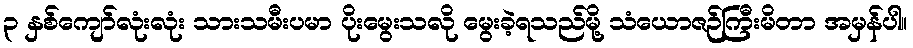
၃ နှစ်ကျော်လုံးလုံး သားသမီးပမာ ပိုးမွေးသလို မွေးခဲ့ရသည်မို့ သံယောဇဉ်ကြီးမိတာ အမှန်ပါ။